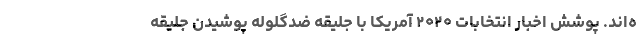
ه‌اند. پوشش اخبار انتخابات ۲۰۲۰ آمریکا با جلیقه ضدگلوله پوشیدن جلیقه